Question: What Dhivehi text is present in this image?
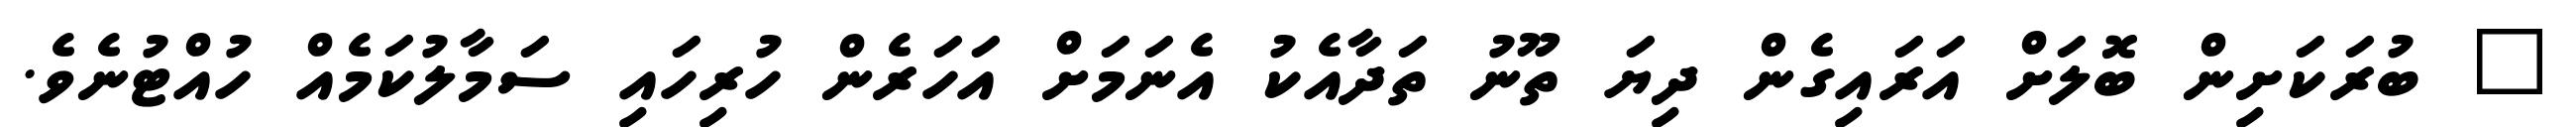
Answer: " ބުރަކަށިން ބޮލަށް އަރައިގެން ދިޔަ ތޫނު ތަދާއެކު އެނަމަށް އަހަރެން ހުރިހައި ސަމާލުކަމެއް ހުއްޓުނެވެ.